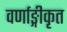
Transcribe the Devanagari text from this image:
वर्णाङ्गीकृत